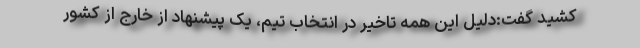
کشید گفت:دلیل این همه تاخیر در انتخاب تیم، یک پیشنهاد از خارج از کشور